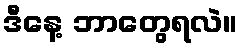
ဒီနေ့ ဘာတွေရလဲ။